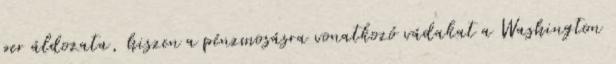
per áldozata, hiszen a pénzmosásra vonatkozó vádakat a Washington